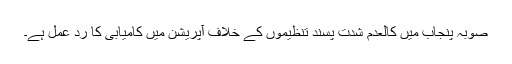
صوبہ پنجاب میں کالعدم شدت پسند تنظیموں کے خلاف آپریشن میں کامیابی کا رد عمل ہے۔